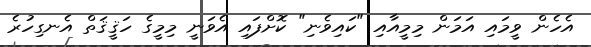
އެހެން ވީމައި އަމަން މިމީއާއި "ކައިވެނި" ކޮށްފައި އެވަނީ މިމީގެ ހަޤީޤަތް އެނގިހުރެ